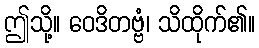
ဤသို့။ ဝေဒိတဗ္ဗံ၊ သိထိုက်၏။